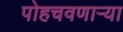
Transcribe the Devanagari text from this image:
पोहचवणाऱ्या